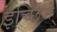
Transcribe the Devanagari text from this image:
इच्छिजे